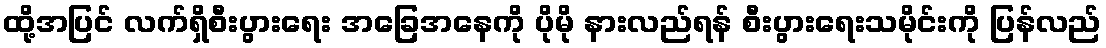
ထို့အပြင် လက်ရှိစီးပွားရေး အခြေအနေကို ပိုမို နားလည်ရန် စီးပွားရေးသမိုင်းကို ပြန်လည်